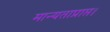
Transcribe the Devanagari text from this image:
मान्यताप्राप्त।